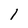
Character: 1